Problem: 36 + 70 = ?
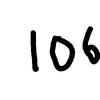
Handwritten answer: 106